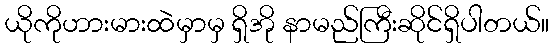
ယိုကိုဟားမားထဲမှာမှ ရှိအို နာမည်ကြီးဆိုင်ရှိပါတယ်။